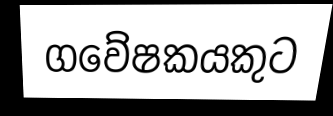
ගවේෂකයකුට